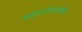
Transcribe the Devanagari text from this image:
वाहनांप्रमाणेच